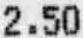
2.50